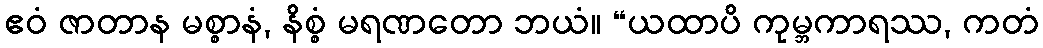
ဧဝံ ဇာတာန မစ္စာနံ, နိစ္စံ မရဏတော ဘယံ။ “ယထာပိ ကုမ္ဘကာရဿ, ကတံ